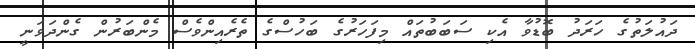
ދައުލަތުގެ ހަރަދު ބޮޑުވާ އެކި ސަބަބުތައް މިފަހަރުގެ ބަހުސްގެ ތެރެއިންވެސް މެންބަރުން ގެންދަވަނީ